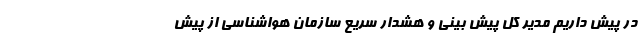
در پیش داریم مدیر کل پیش بینی و هشدار سریع سازمان هواشناسی از پیش